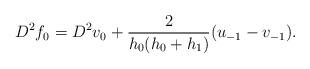
LaTeX: \begin{align*} D^2f_0 = D^2v_0 + \frac{2}{h_0(h_0+h_1)}(u_{-1}-v_{-1}).\end{align*}